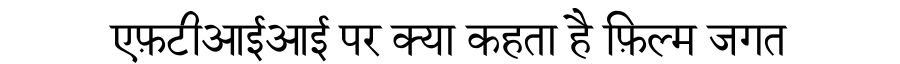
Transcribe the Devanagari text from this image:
एफ़टीआईआई पर क्या कहता है फ़िल्म जगत